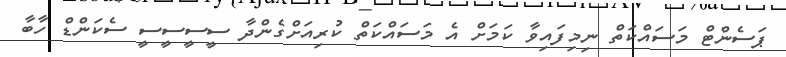
ޕަސެންޓް މަސައްކަތް ނިމިފައިވާ ކަމަށް އެ މަސައްކަތް ކުރިއަށްގެންދާ ސީސީސީސީ ސެކަންޑް ހާބާ